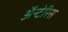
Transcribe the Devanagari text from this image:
अॅन्टेरिस